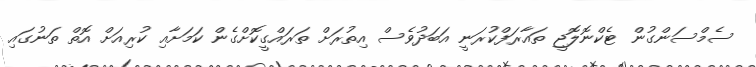
ސެމްސަންގުން ޓެކްނޮލޮޖީ ތައާރަފްކުރަނީ އަބަދުވެސް އިތުރަށް ތަރައްގީކޮށްގެން ކަމަށާއި ކުރިއަށް އޮތް ތަނުގައި